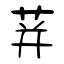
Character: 荓